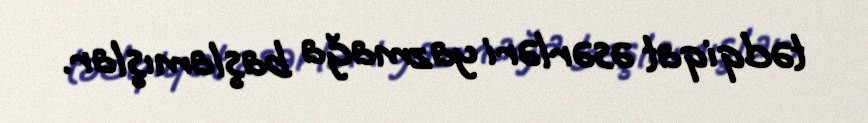
tədqiqat əsərləri yazmağa başlamışlar.